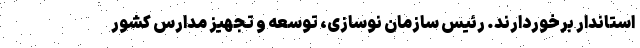
استاندار برخوردارند. رئیس سازمان نوسازی، توسعه و تجهیز مدارس کشور